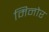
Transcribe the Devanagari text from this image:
मिनोर